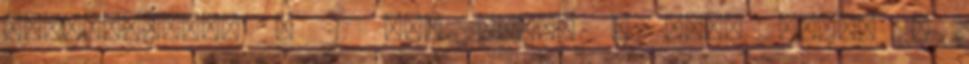
luxushajóval - 21 nap alatt a Föld körül -